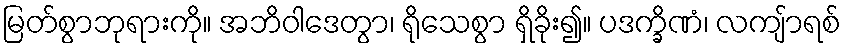
မြတ်စွာဘုရားကို။ အဘိဝါဒေတွာ၊ ရိုသေစွာ ရှိခိုး၍။ ပဒက္ခိဏံ၊ လကျ်ာရစ်